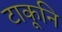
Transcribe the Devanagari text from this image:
टाकूनि